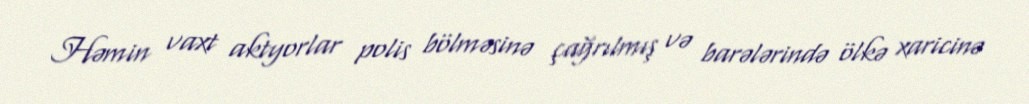
Həmin vaxt aktyorlar polis bölməsinə çağrılmış və barələrində ölkə xaricinə